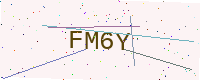
Text: FM6Y